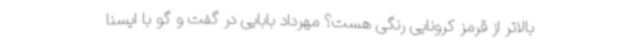
بالاتر از قرمز کرونایی رنگی هست؟ مهرداد بابایی در گفت و گو با ایسنا